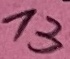
Text: 13